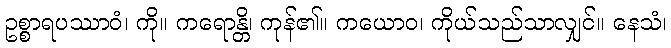
ဥစ္စာရပဿာဝံ၊ ကို။ ကရောန္တိ၊ ကုန်၏။ ကယောဝ၊ ကိုယ်သည်သာလျှင်။ နေသံ၊